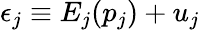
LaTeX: \epsilon_{j}\equiv{E_{j}}(p_{j})+u_{j}